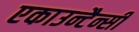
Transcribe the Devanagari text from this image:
एकाउन्टैन्सी